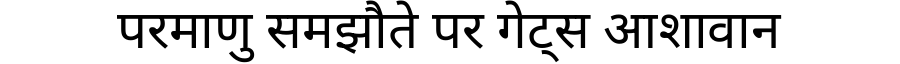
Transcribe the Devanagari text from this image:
परमाणु समझौते पर गेट्स आशावान